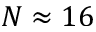
N \approx 1 6